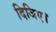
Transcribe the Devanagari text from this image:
दिजिए।